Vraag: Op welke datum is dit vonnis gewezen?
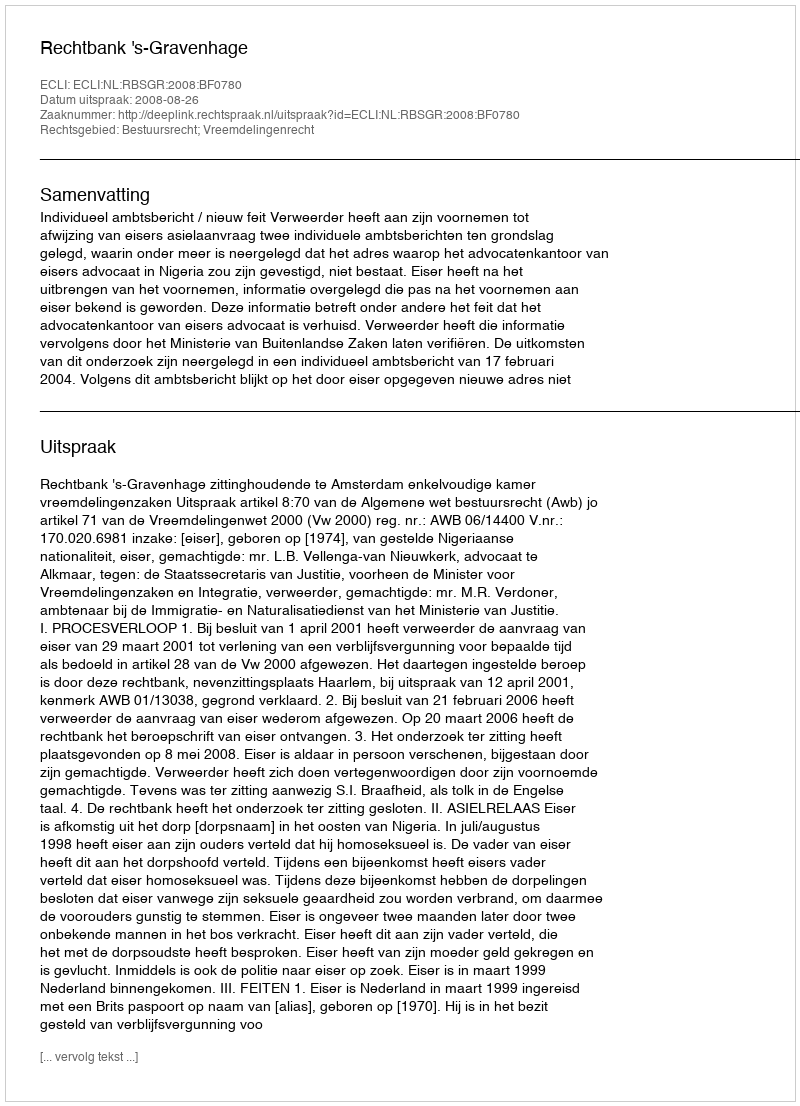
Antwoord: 2008-08-26